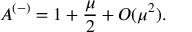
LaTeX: A ^ { ( - ) } = 1 + \frac { \mu } 2 + O ( \mu ^ { 2 } ) .